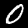
Label: 0